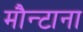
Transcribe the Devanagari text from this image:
मौन्टाना